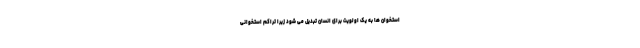
استخوان ها به یک اولویت برای انسان تبدیل می شود زیرا تراکم استخوانی